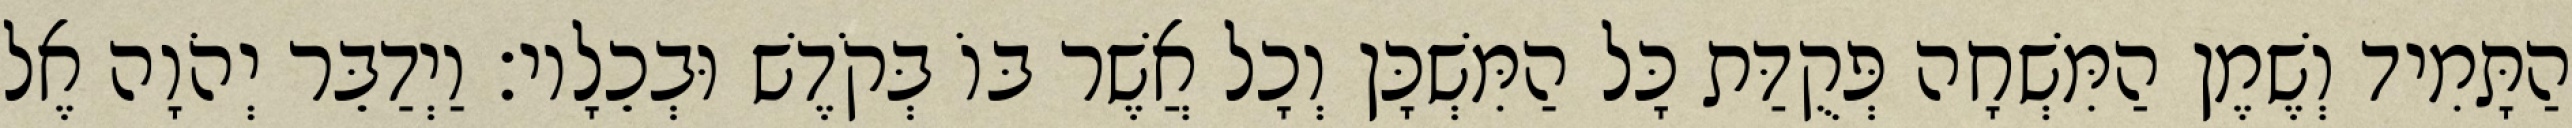
הַתָּמִיד וְשֶׁמֶן הַמִּשְׁחָה פְּקֻדַּת כָּל הַמִּשְׁכָּן וְכָל אֲשֶׁר בּוֹ בְּקֹדֶשׁ וּבְכֵלָיו׃ וַיְדַבֵּר יְהֹוָה אֶל